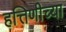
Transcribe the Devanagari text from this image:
हत्तिणीच्या